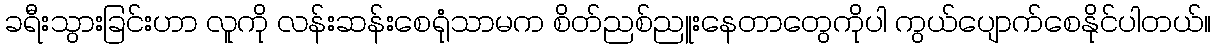
ခရီးသွားခြင်းဟာ လူကို လန်းဆန်းစေရုံသာမက စိတ်ညစ်ညူးနေတာတွေကိုပါ ကွယ်ပျောက်စေနိုင်ပါတယ်။